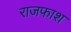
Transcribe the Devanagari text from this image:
राजफाश